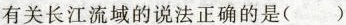
有关长江流域的说法正确的是（）